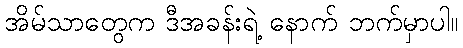
အိမ်သာတွေက ဒီအခန်းရဲ့ နောက် ဘက်မှာပါ။